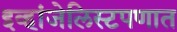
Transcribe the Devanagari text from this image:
इव्हांजेलिस्टपणात